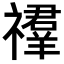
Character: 𥜉